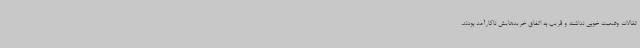
تقالات وضعیت خوبی نداشته و قریب به اتفاق خریدهایش ناکارآمد بودند.